Vaccination in the Punjab 1883-1896 - 1883-1896
Year: 1883
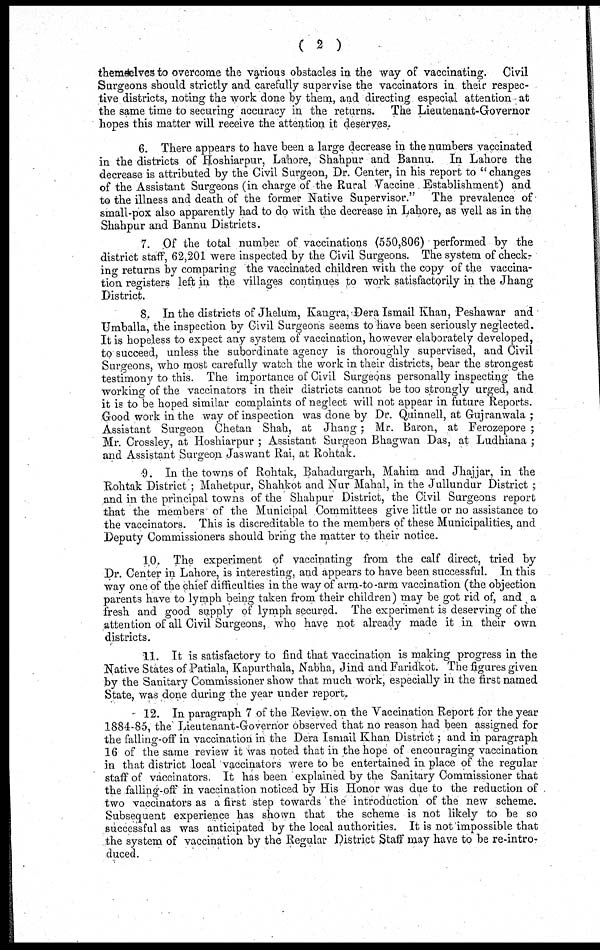
( 2 )
themselves to overcome the various obstacles in the way of vaccinating.
Civil
Surgeons should strictly and carefully supervise the vaccinators in their respec-
tive districts, noting the work done by them, and directing especial attention at
the same time to securing accuracy in the returns. The Lieutenant-Governor
hopes this matter will receive the attention it deserves.
6. There appears to have been a large decrease in the numbers vaccinated
in the districts of Hoshiarpur, Lahore, Shahpur and Bannu. In Lahore the
decrease is attributed by the Civil Surgeon, Dr. Center, in his report to "changes
of the Assistant Surgeons (in charge of the Rural Vaccine Establishment) and
to the illness and death of the former Native Supervisor." The prevalence of
small-pox also apparently had to do with the decrease in Lahore, as well as in the
Shahpur and Bannu Districts.
7. Of the total number of vaccinations (550,806) performed by the
district staff, 62,201 were inspected by the Civil Surgeons. The system of check-
ing returns by comparing the vaccinated children with the copy of the vaccina-
tion registers left in the villages continues to work satisfactorily in the Jhang
District.
8. In the districts of Jhelum, Kangra, Dera Ismail Khan, Peshawar and
Umballa, the inspection by Civil Surgeons seems to have been seriously neglected.
It is hopeless to expect any system of vaccination, however elaborately developed,
to succeed, unless the subordinate agency is thoroughly supervised, and Civil
Surgeons, who most carefully watch the work in their districts, bear the strongest
testimony to this. The importance of Civil Surgeons personally inspecting the
working of the vaccinators in their districts cannot be too strongly urged, and
it is to be hoped similar complaints of neglect will not appear in future Reports.
Good work in the way of inspection was done by Dr. Quinnell, at Gujranwala;
Assistant Surgeon Chetan Shah, at Jhang; Mr. Baron, at Ferozepore;
Mr. Crossley, at Hoshiarpur; Assistant Surgeon Bhagwan Das, at Ludhiana;
and Assistant Surgeon Jaswant Rai, at Rohtak.
9. In the towns of Rohtak, Bahadurgarh, Mahim and Jhajjar, in the
Rohtak District; Mahetpur, Shahkot and Nur Mahal, in the Jullundur District ;
and in the principal towns of the Shahpur District, the Civil Surgeons report
that the members of the Municipal Committees give little or no assistance to
the vaccinators. This is discreditable to the members of these Municipalities, and
Deputy Commissioners should bring the matter to their notice.
10. The experiment of vaccinating from the calf direct, tried by
Dr. Center in Lahore, is interesting, and appears to have been successful. In this
way one of the chief difficulties in the way of arm-to-arm vaccination (the objection
parents have to lymph being taken from their children) may be got rid of, and a
fresh and good supply of lymph secured. The experiment is deserving of the
attention of all Civil Surgeons, who have not already made it in their own
districts.
11. It is satisfactory to find that vaccination is making progress in the
Native States of Patiala, Kapurthala, Nabha, Jind and Faridkot. The figures given
by the Sanitary Commissioner show that much work, especially in the first named
State, was done during the year under report.
- 12. In paragraph 7 of the Review on the Vaccination Report for the year
1884-85, the Lieutenant-Governor observed that no reason had been assigned for
the falling-off in vaccination in the Dera Ismail Khan District ; and in paragraph
16 of the same review it was noted that in the hope of encouraging vaccination
in that district local vaccinators were to be entertained in place of the regular
staff of vaccinators. It has been explained by the Sanitary Commissioner that
the falling-off in vaccination noticed by His Honor was due to the reduction of
two vaccinators as a first step towards the introduction of the new scheme.
Subsequent experience has shown that the scheme is not likely to be so
successful as was anticipated by the local authorities. It is not impossible that
the system of vaccination by the Regular District Staff may have to be re-intro-
duced.